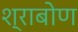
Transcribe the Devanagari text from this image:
श्राबोण